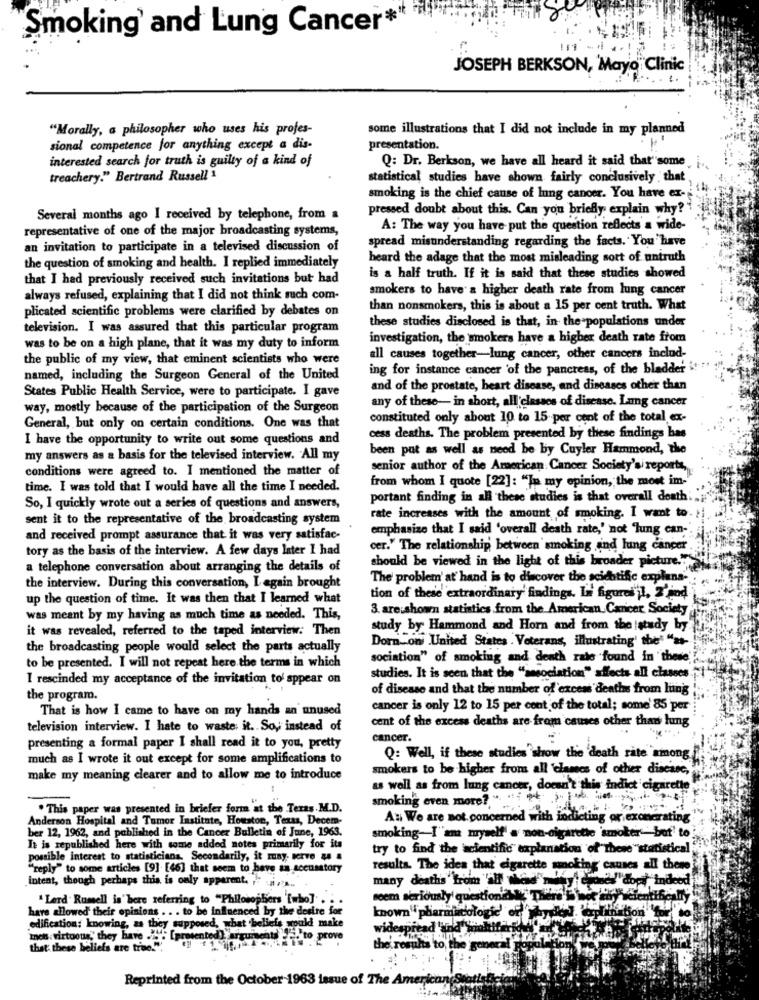
Smoking' and Lung Cancer#"
JOSEPH BERKSON, 'Mayo Clinic
"Morally, a philosopher who uses his profes-
some illustrations that I did not include in my planned
sional competence for anything except a dis-
presentation.
interested search for truth is guilty of a kind of
Q: Dr. Berkson, we have all heard it said that" some
treachery." Bertrand Russell 1
statistical studies have shown fairly conclusively that
smoking is the chief cause of lung cancer. You have ex-
pressed doubt about this. Can you briefly explain why? !
Several months ago I received by telephone, from a
representative of one of the major broadcasting systems,
A: The way you have put the question reflects a wide-
spread misunderstanding regarding the facts. You have
an invitation to participate in a televised discussion of
heard the adage that the most misleading sort of untruth
the question of smoking and health. I replied immediately
that I had previously received such invitations but had
is a half truth. If it is said that these studies showed
smokers to have a higher death rate from lung cancer
always refused, explaining that I did not think such com-
plicated scientific problems were clarified by debates on
than nonsmokers, this is about a 15 per cent truth. What
television. I was assured that this particular program
these studies disclosed is that, in the populations under
investigation, the smokers have a higher death rate from
was to be on a high plane, that it was my duty to inform
the public of my view, that eminent scientists who were
all causes together-lung cancer, other cancers includ-
ing for instance cancer 'of the pancreas, of the bladder i
named, including the Surgeon General of the United
States Public Health Service, were to participate. I gave
and of the prostate, heart disease, and diseases other than
any of these- in short, all'classes of disease. Lung cancer
way, mostly because of the participation of the Surgeon
constituted only about 10 to 15 per cent of the total ex-
General, but only on certain conditions. One was that
I have the opportunity to write out some questions and
cess deaths. The problem presented by these findings has
been put as well as need be by Cuyler Hammond, the
my answers as a basis for the televised interview. All my
conditions were agreed to. I mentioned the matter of
senior author of the American: Cancer Society'si reports,
from whom I quote [22]: "In my opinion, the mont im-
time. I was told that I would have all the time I needed.
portant finding in all these studies is that overall death.
So, I quickly wrote out a series of questions and answers,
sent it to the representative of the broadcasting system
rate increases with the amount of smoking. I want to
emphasize that I said 'overall death rate,' not 'lung can;
and received prompt assurance that it was very satisfac-
tory as the basis of the interview. A few days later I had
cer." The relationship between smoking and lung cancer
a telephone conversation about arranging the details of
should be viewed in the light of this broader picture."
The problem' at hand is to discover the scientific explana-
the interview. During this conversation, I again brought
up the question of time. It was then that I learned what
tion of these extraordinary' findings. Le figures'il. 2'ind
3. are shown statistics from the American. Cancer Society
was meant by my having as much time as needed. This,
it was revealed, referred to the taped interview: Then
study by Hammond and Horn and from the study by
Dorn oni United States . Veterans, illustrating' the- "as-
the broadcasting people would select the parts actually
sociation" of smoking and death rate found in these.
to be presented. I will not repeat here the terms in which
I rescinded my acceptance of the invitation to' appear on
studies. It is seen that the "ssociation" affects all classes.
of disease and that the number of excent deaths from lung
the program.
That is how I came to have on my hands an unused
cancer is only 12 to 15 per cent of the total; some' 85 per
cent of the excess deaths are from causes other than hung
television interview. I hate to waste; it. So, instead of
cancer.
presenting a formal paper I shall read it to you, pretty
much as I wrote it out except for some amplifications to
Q: Well, if these studies show the 'death rate among
smokers to be higher from all 'clases of other disease,
make my meaning clearer and to allow me to introduce
as well as from lung cancer, doesn't this indict c
diet cigarette
smoking even more ?. " ...
. This paper was presented in briefer forma at the Teras .M.D.
Anderson Hospital and Tumor Institute, Houston, Texas, Decem-
A: We are not. concerned with indicting or exonerating
ber 12, 1962, and published in the Cancer Bulletin of June, 1963.
smoking-I"am myself' a non-cigarette 'smoker-but' to
It is zepublished here with some added notes primarily for its
try to find the scientific explanation of these "statistical
possible interest to statisticians. Secondarily, it may. Merve & #
"reply" to some articles [9]. [46] that seem to have an accusatory
results. The idea that cigarette smoking causes all there
poca"dop), indeed
intent, though perhaps this is only apparent. , " . ...
" Lerd' Rumell is' bere referring to "Philosophers [who]. . . .
seem seriously' questionably Thurs
many deaths trom all hed
have allowed their opinions . . . to be influenced by the desire for
known pharmacologie
edification: knowing, as they supposed, what beliefs would make
widespread 'and Wokifers
Ines: virtuous," they have . .. [presented]. argumcats ","to prove
they're
that these beliefs are tree."".
is to the general Fo
Reprinted from the October-1963 issue of The American(S.